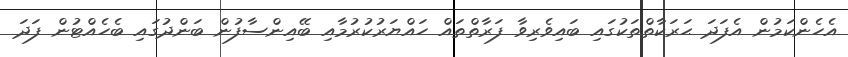
އެހެންކަމުން އެފަދަ ޙަރަކާތްތަކުގައި ބައިވެރިވާ ފަރާތްތައް ހައްޔަރުކުރުމާއި ބޭއިންސާފުން ބަންދުގައި ބެހެއްޓުން ފަދަ